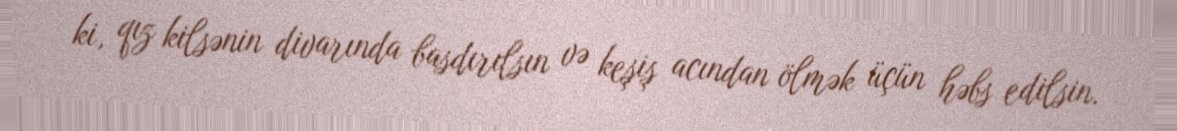
ki, qız kilsənin divarında basdırılsın və keşiş acından ölmək üçün həbs edilsin.